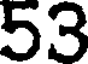
53